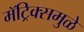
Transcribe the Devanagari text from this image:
मॅट्रिक्समुळे